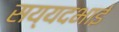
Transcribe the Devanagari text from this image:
सय्यदभाई